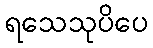
ရသေသုပိပေ